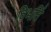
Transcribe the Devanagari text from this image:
विभर्ति